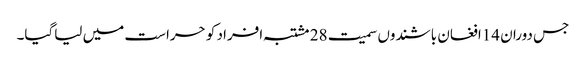
جس دوران 14افغان باشندوں سمیت 28 مشتبہ افراد کو حراست میں لیاگیا۔